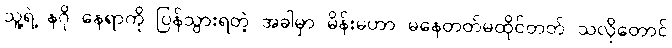
သူ့ရဲ့ နဂို နေရာကို ပြန်သွားရတဲ့ အခါမှာ မိန်းမဟာ မနေတတ်မထိုင်တတ် သလိုတောင်